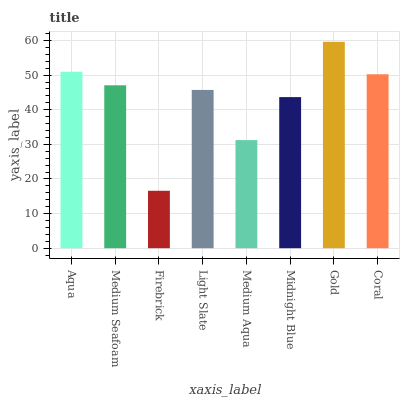
| xaxis_label | bars |
 | --- | --- |
 | Aqua | 51 |
 | Medium Seafoam | 47.1 |
 | Firebrick | 16.6 |
 | Light Slate | 45.7 |
 | Medium Aqua | 31.2 |
 | Midnight Blue | 43.6 |
 | Gold | 59.6 |
 | Coral | 50.2 |